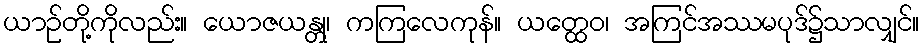
ယာဉ်တို့ကိုလည်း။ ယောဇယန္တု၊ ကကြလေကုန်။ ယတ္ထေဝ၊ အကြင်အဿမပုဒ်၌သာလျှင်။